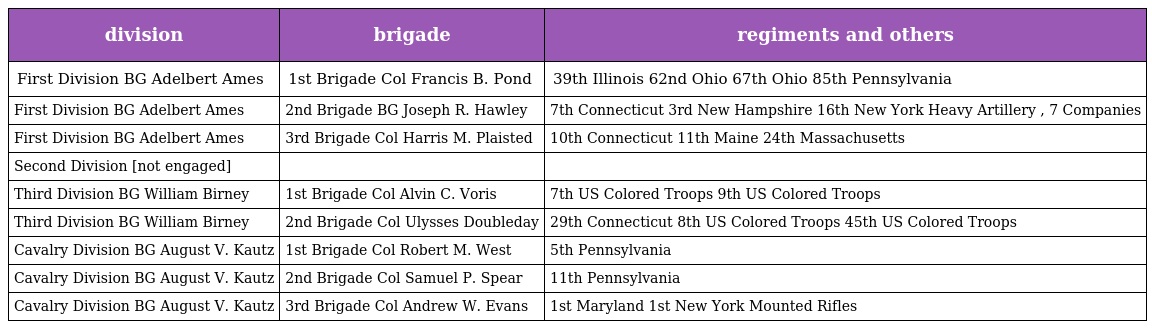
| division | brigade | regiments and others |
 | --- | --- | --- |
 | First Division BG Adelbert Ames | 1st Brigade Col Francis B. Pond | 39th Illinois 62nd Ohio 67th Ohio 85th Pennsylvania |
 | First Division BG Adelbert Ames | 2nd Brigade BG Joseph R. Hawley | 7th Connecticut 3rd New Hampshire 16th New York Heavy Artillery , 7 Companies |
 | First Division BG Adelbert Ames | 3rd Brigade Col Harris M. Plaisted | 10th Connecticut 11th Maine 24th Massachusetts |
 | Second Division [not engaged] |  |  |
 | Third Division BG William Birney | 1st Brigade Col Alvin C. Voris | 7th US Colored Troops 9th US Colored Troops |
 | Third Division BG William Birney | 2nd Brigade Col Ulysses Doubleday | 29th Connecticut 8th US Colored Troops 45th US Colored Troops |
 | Cavalry Division BG August V. Kautz | 1st Brigade Col Robert M. West | 5th Pennsylvania |
 | Cavalry Division BG August V. Kautz | 2nd Brigade Col Samuel P. Spear | 11th Pennsylvania |
 | Cavalry Division BG August V. Kautz | 3rd Brigade Col Andrew W. Evans | 1st Maryland 1st New York Mounted Rifles |